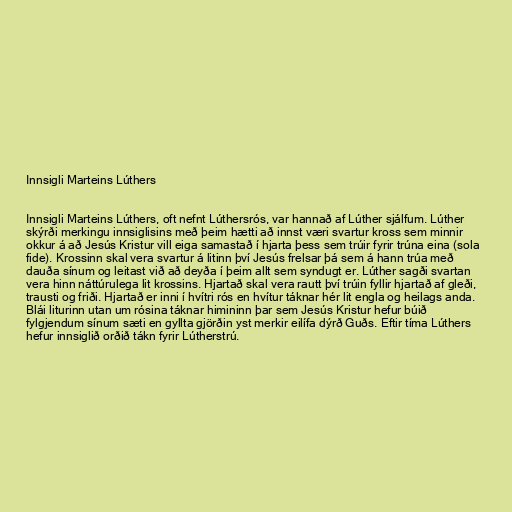
Innsigli Marteins Lúthers

Innsigli Marteins Lúthers, oft nefnt Lúthersrós, var hannað af Lúther sjálfum. Lúther
skýrði merkingu innsiglisins með þeim hætti að innst væri svartur kross sem minnir
okkur á að Jesús Kristur vill eiga samastað í hjarta þess sem trúir fyrir trúna eina (sola
fide). Krossinn skal vera svartur á litinn því Jesús frelsar þá sem á hann trúa með
dauða sínum og leitast við að deyða í þeim allt sem syndugt er. Lúther sagði svartan
vera hinn náttúrulega lit krossins. Hjartað skal vera rautt því trúin fyllir hjartað af gleði,
trausti og friði. Hjartað er inni í hvítri rós en hvítur táknar hér lit engla og heilags anda.
Blái liturinn utan um rósina táknar himininn þar sem Jesús Kristur hefur búið
fylgjendum sínum sæti en gyllta gjörðin yst merkir eilífa dýrð Guðs. Eftir tíma Lúthers
hefur innsiglið orðið tákn fyrir Lútherstrú.